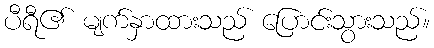
ပီရီ၏ မျက်နှာထားသည် ပြောင်းသွားသည်။